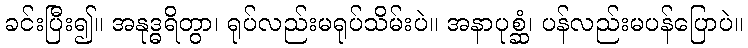
ခင်းပြီး၍။ အနုဒ္ဓရိတွာ၊ ရုပ်လည်းမရုပ်သိမ်းပဲ။ အနာပုစ္ဆံ၊ ပန်လည်းမပန်ပြောပဲ။